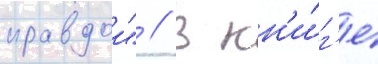
правдои" // В кн'и́г'е